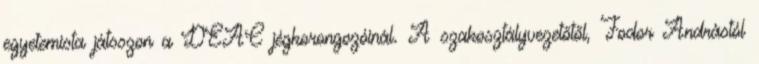
egyetemista játsszon a DEAC jégkorongozóinál. A szakosztályvezetőtől, Fodor Andrástól